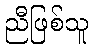
ညီဖြစ်သူ